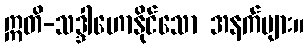
ဣတိ-သဒ္ဒါဟောနိုင်သော အနက်များ။